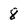
Character: 8